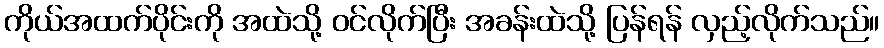
ကိုယ်အထက်ပိုင်းကို အထဲသို့ ဝင်လိုက်ပြီး အခန်းထဲသို့ ပြန်ရန် လှည့်လိုက်သည်။